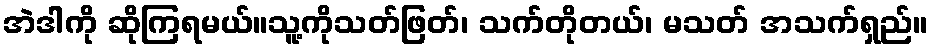
အဲဒါကို ဆိုကြရမယ်။သူ့ကိုသတ်ဖြတ်၊ သက်တိုတယ်၊ မသတ် အသက်ရှည်။